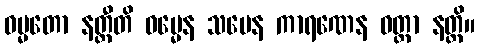
ဓမ္မတော နတ္ထီတိ ဓမ္မေန သမေန ကာရဏေန ဝတ္တာ နတ္ထိ။